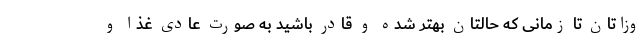
وزاتان تا زمانی که حالتان بهتر شده و قادر باشید به صورت عادی غذا و